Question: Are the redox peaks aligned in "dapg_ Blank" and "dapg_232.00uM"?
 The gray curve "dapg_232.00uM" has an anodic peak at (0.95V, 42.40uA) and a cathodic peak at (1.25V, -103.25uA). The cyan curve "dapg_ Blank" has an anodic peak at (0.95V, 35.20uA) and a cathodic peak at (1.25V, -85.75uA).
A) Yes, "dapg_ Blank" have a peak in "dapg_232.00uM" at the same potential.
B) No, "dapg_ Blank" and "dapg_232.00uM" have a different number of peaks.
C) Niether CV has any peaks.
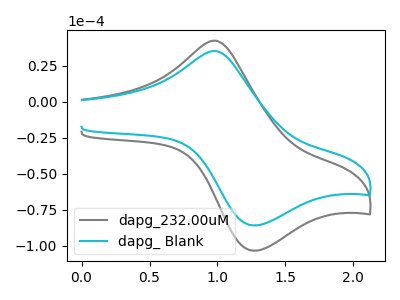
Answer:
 <answer>A) Yes, "dapg_ Blank" have a peak in "dapg_232.00uM" at the same potential.</answer>
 <eval>A</eval>